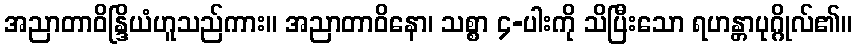
အညာတာဝိန္ဒြိယံဟူသည်ကား။ အညာတာဝိနော၊ သစ္စာ ၄-ပါးကို သိပြီးသော ရဟန္တာပုဂ္ဂိုလ်၏။